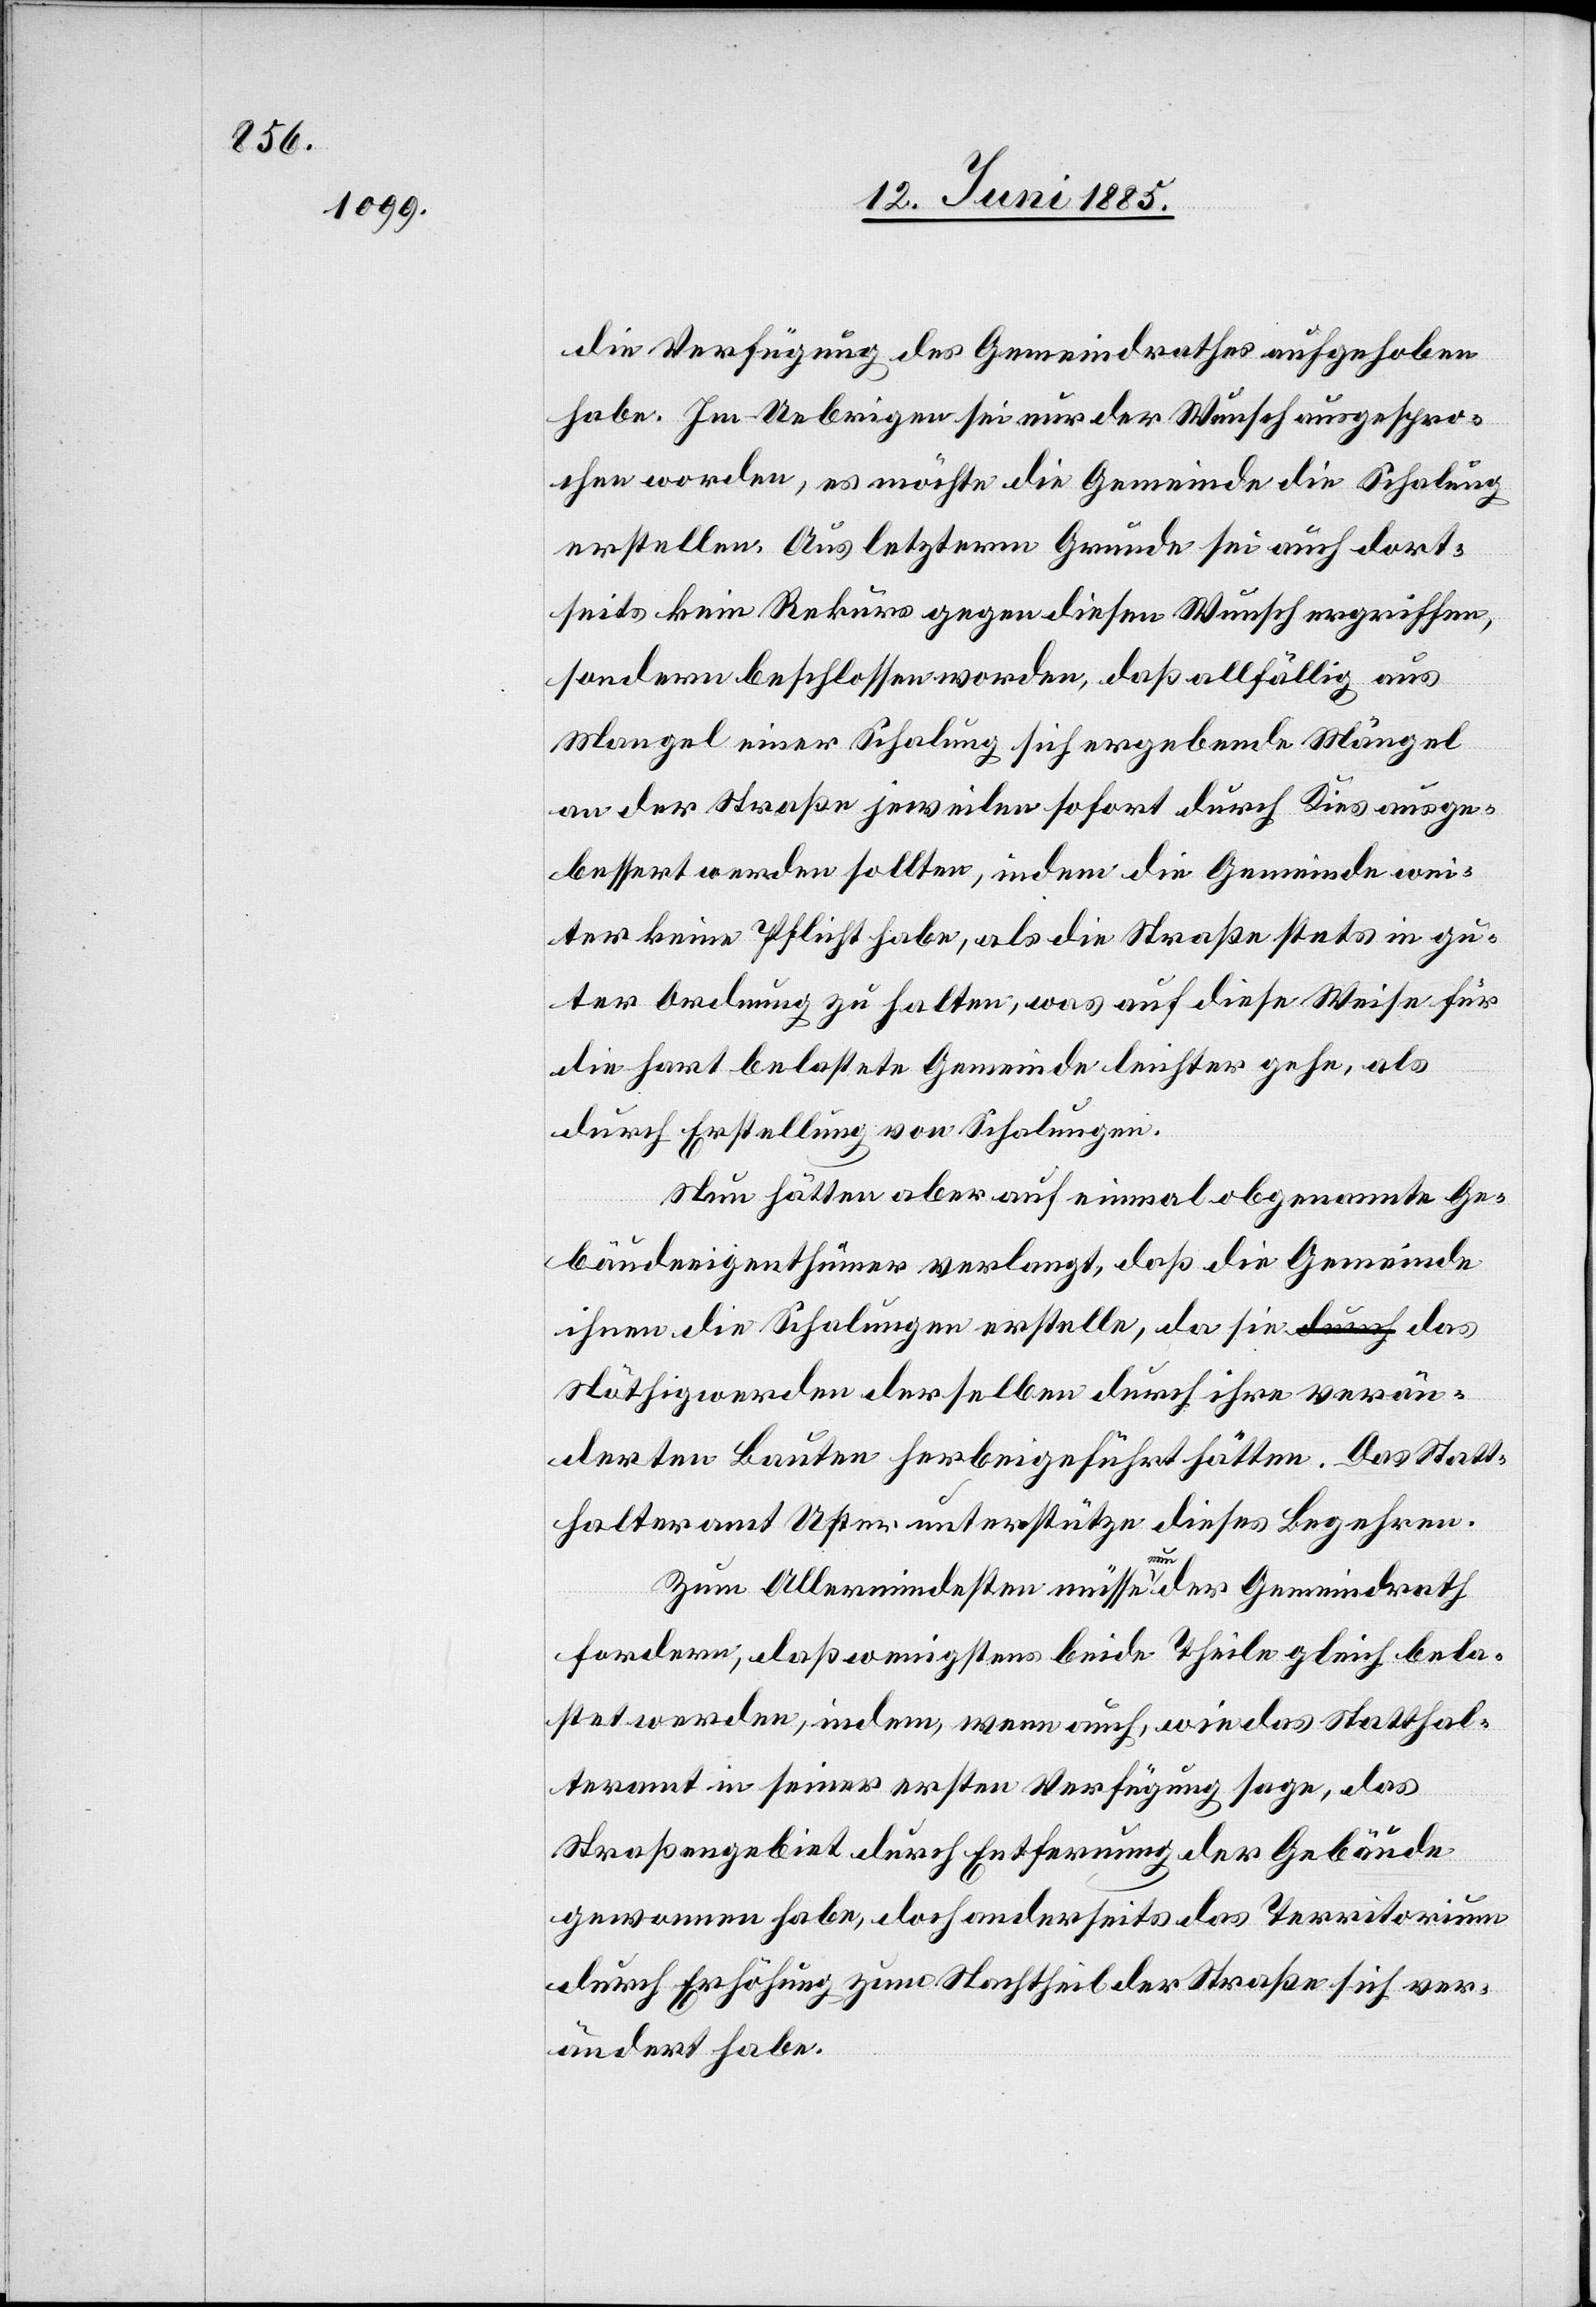
die Verfügung des Gemeindrathes aufgehoben
habe. Im Uebrigen sei nur der Wunsch ausgespro¬
chen worden, es möchte die Gemeinde die Schalung
erstellen. Aus letzterm Grunde sei auch dort¬
seits kein Rekurs gegen diesen Wunsch ergriffen,
sondern beschlossen worden, daß allfällig aus
Mangel einer Schalung sich ergebende Mängel
an der Straße jeweilen sofort durch Kies ausge¬
bessert werden sollten, indem die Gemeinde wei¬
ter keine Pflicht habe, als die Straße stets in gu¬
ter Ordnung zu halten, was auf diese Weise für
die hart belastete Gemeinde leichter gehe, als
durch Erstellung von Schalungen.
Nun hätten aber auf einmal obgenannte Ge¬
bäudeeigenthümer verlangt, daß die Gemeinde
ihnen die Schalungen erstelle, da sie das
Nöthigwerden derselben durch ihre verän¬
derten Bauten herbeigeführt hätten. Das Statt¬
halteramt Uster unterstütze dieses Begehren.
Zum Allermindesten müsse nun der Gemeindrath
fordern, daß wenigstens beide Theile gleich bela¬
stet werden, indem, wenn auch, wie das Statthal¬
teramt in seiner ersten Verfügung sage, das
Straßengebiet durch Entfernung der Gebäude
gewonnen habe, doch anderseits das Territorium
durch Erhöhung zum Nachtheile der Straße sich ver¬
ändert habe.